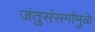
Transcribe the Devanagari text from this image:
जंतुसंसर्गामुळे